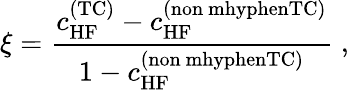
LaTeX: \xi=\frac{c_{\mathrm{HF}}^{\mathrm{(TC)}}-c_{\mathrm{HF}}^{\mathrm{(non\ mhyphenTC)}}}{1-c_{\mathrm{HF}}^{\mathrm{(non\ mhyphenTC)}}}\; ,